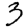
Digit: 3